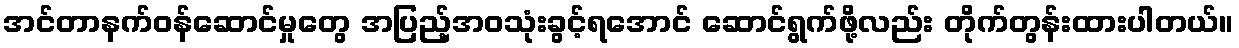
အင်တာနက်ဝန်ဆောင်မှုတွေ အပြည့်အဝသုံးခွင့်ရအောင် ဆောင်ရွက်ဖို့လည်း တိုက်တွန်းထားပါတယ်။